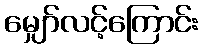
မျှော်လင့်ကြောင်း